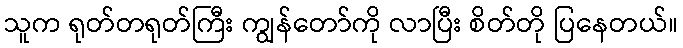
သူက ရုတ်တရုတ်ကြီး ကျွန်တော်ကို လာပြီး စိတ်တို ပြနေတယ်။